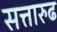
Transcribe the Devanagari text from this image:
सत्तारुढ